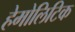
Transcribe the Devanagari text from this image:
हेमोलिटिक